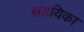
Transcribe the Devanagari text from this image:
सहयिका